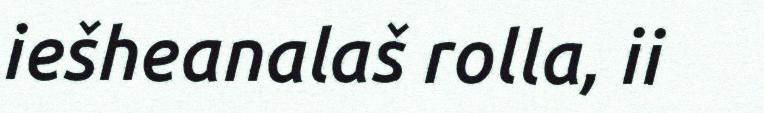
iešheanalaš rolla, ii